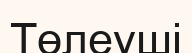
Төлеуші